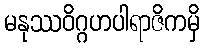
မနုဿဝိဂ္ဂဟပါရာဇိကမှိ